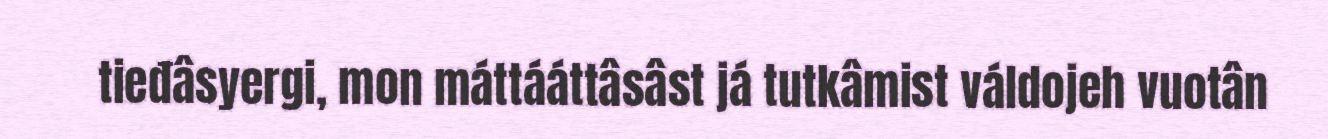
tieđâsyergi, mon máttááttâsâst já tutkâmist váldojeh vuotân